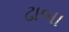
ઢાબા